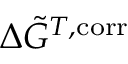
\Delta \Tilde { G } ^ { T , \mathrm { c o r r } }